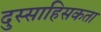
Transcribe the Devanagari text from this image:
दुस्साहिसकता